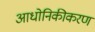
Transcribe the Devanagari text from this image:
आधोनिकीकरण